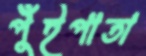
পুঁইপাতা